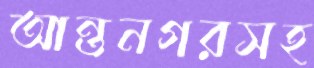
আন্তনগরসহ